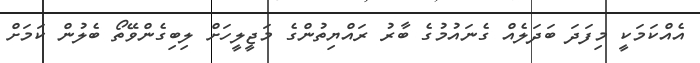
އެއްކަމަކީ މިފަދަ ބަދަލެއް ގެނައުމުގެ ބާރު ރައްޔިތުންގެ މަޖީލީހަށް ލިބިގެންވޭތޯ ބެލުން ކަމަށް